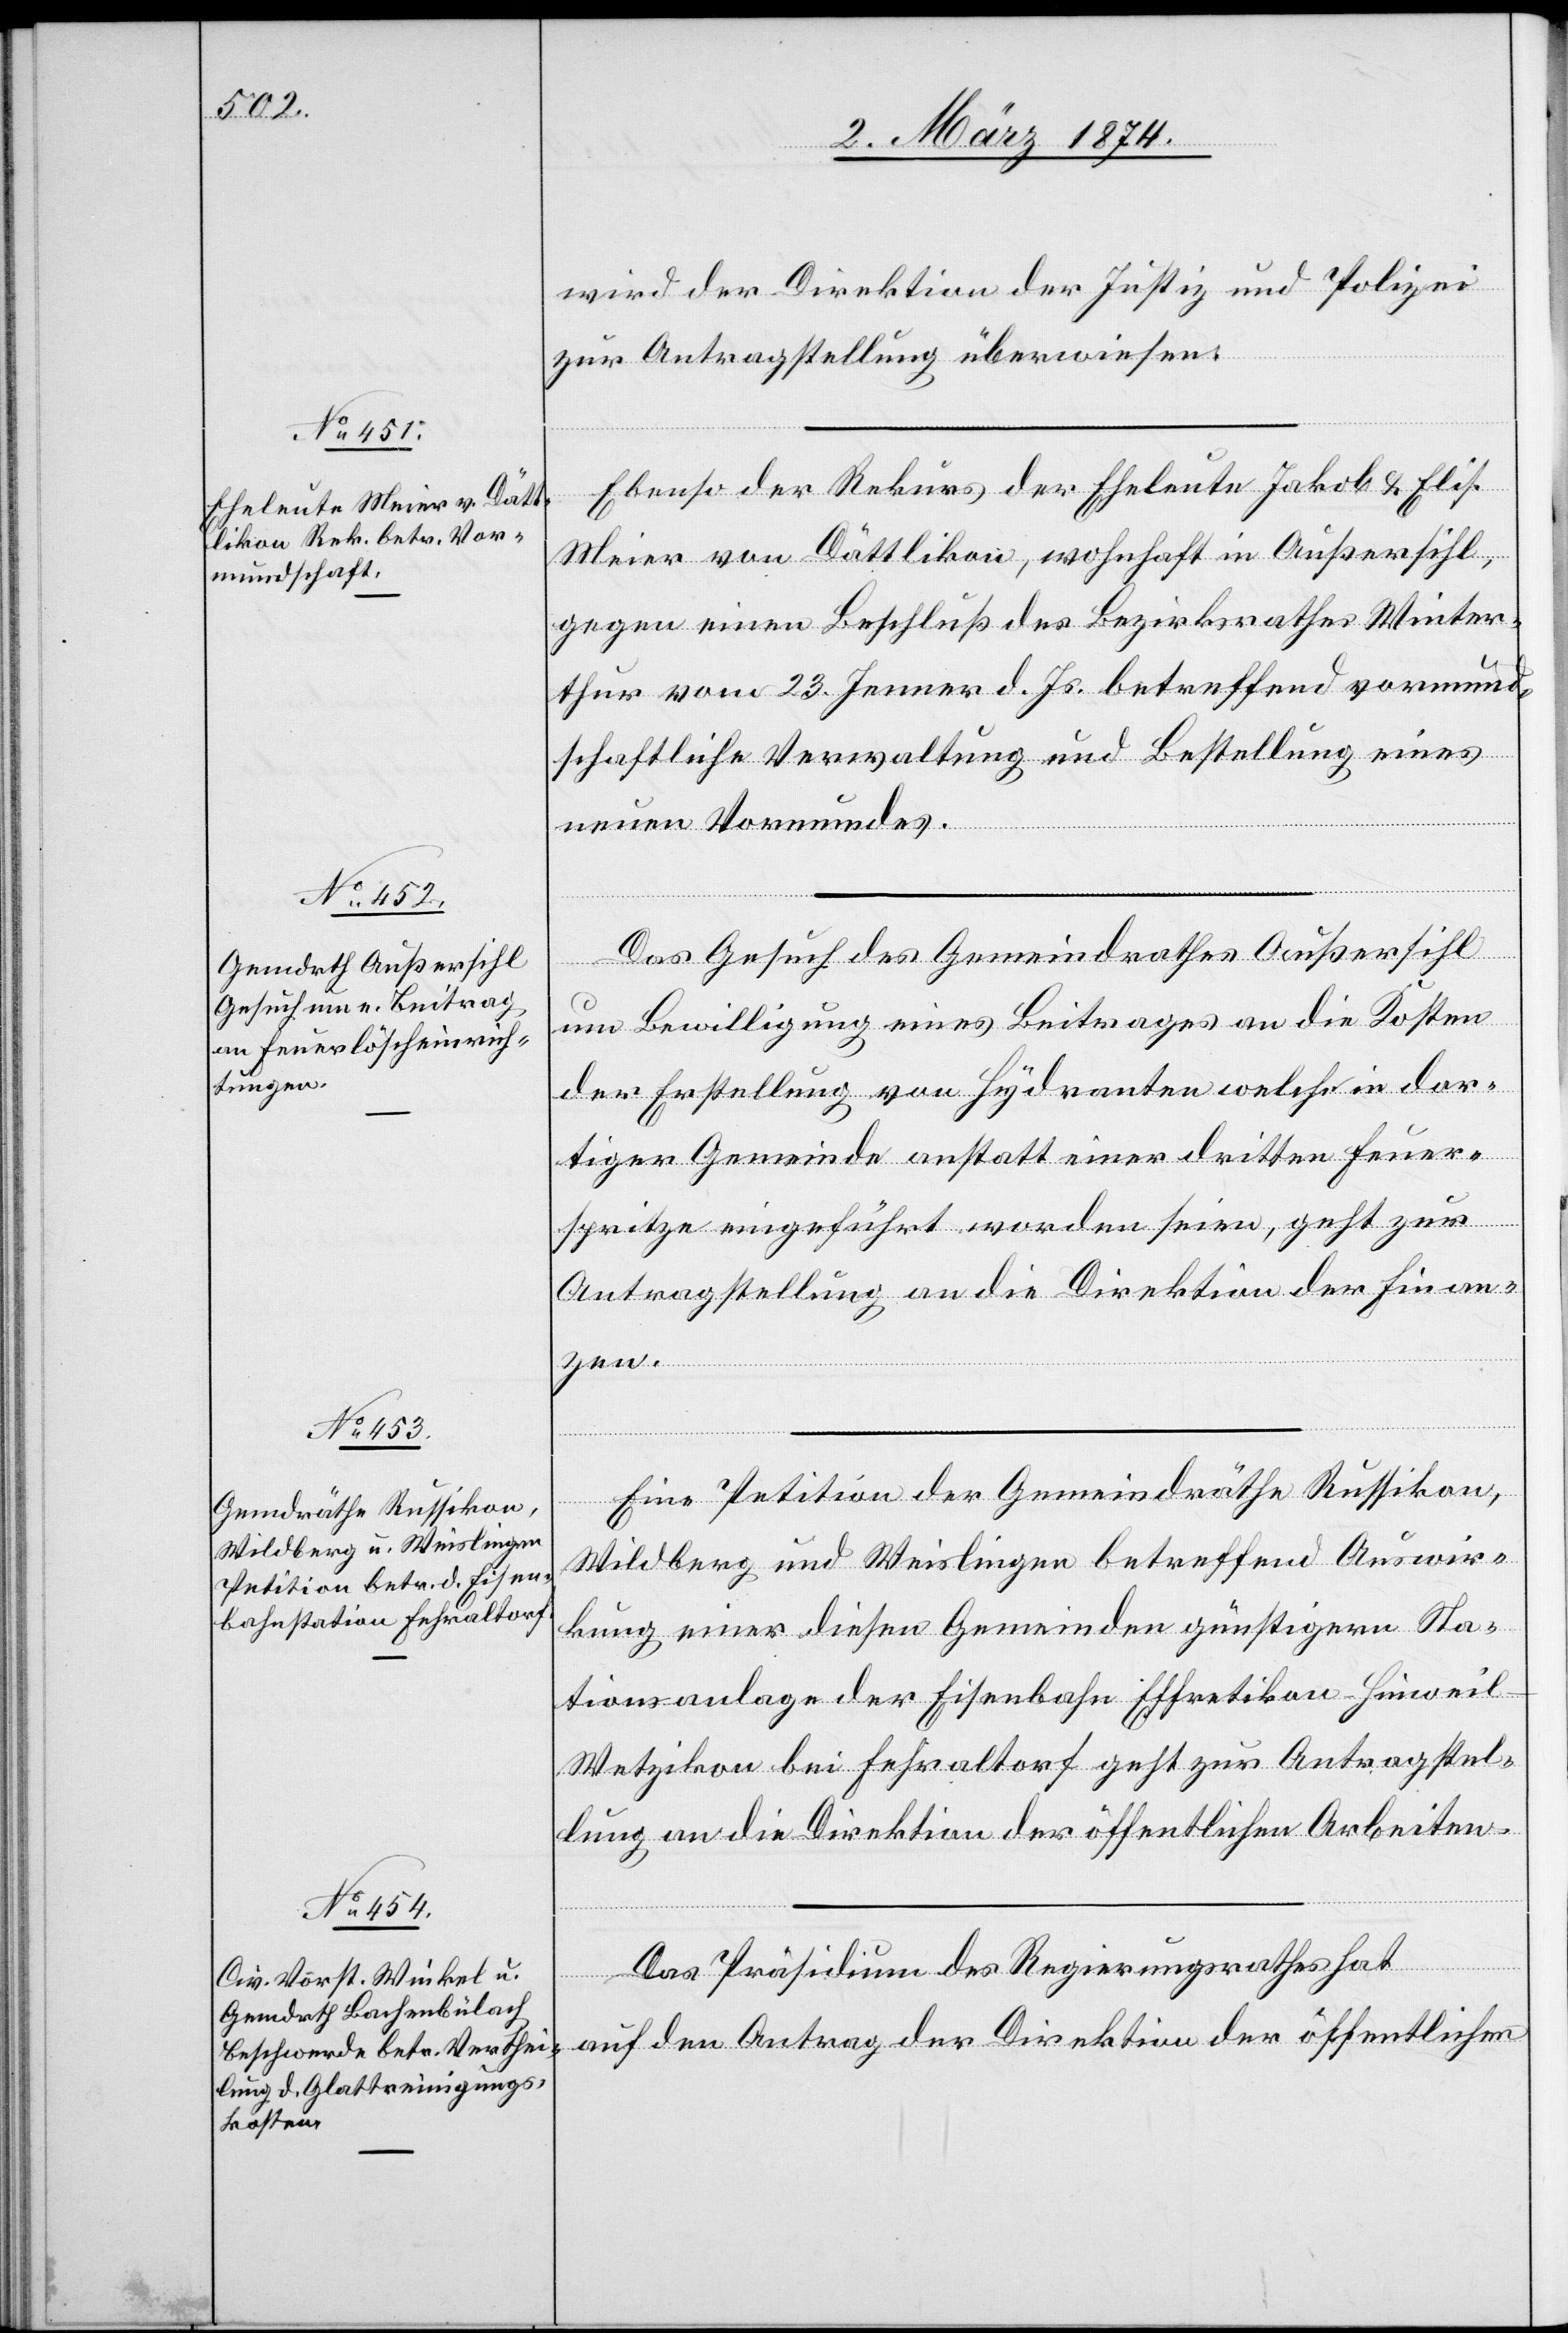
6. März 1874.]
wird der Direktion der Justiz und Polizei
zur Antragstellung überwiesen.
Ebenso der Rekurs der Eheleute Jakob u. Elis.
Meier von Dättlikon, wohnhaft in Außsihl,
gegen einen Beschluß des Bezirksrathes Winter¬
thur vom 23. Jenner d. Js. betreffend vormund¬
schaftliche Verwaltung und Bestellung eines
neuen Vormundes.
Das Gesuch des Gemeindrathes Außersihl
um Bewilligung eines Beitrages an die Kosten
der Erstellung von Hydranten welche in dor¬
tiger Gemeinde anstatt einer dritten Feuer¬
spritze eingeführt worden seien, geht zur
Antragstellung an die Direktion der Finan¬
zen.
Eine Petition der Gemeindräthe Russikon,
Wildberg und Weislingen betreffend Auswir¬
kung einer diesen Gemeinden günstigern Sta¬
tionsanlage der Eisenbahn Effretikon-Hinweil-W¬
etzikon bei Fehraltorf geht zur Antragstel¬
lung an die Direktion der öffentlichen Arbeiten.
Das Präsidium des Regierungsrathes hat
[Fortsetzung
auf den Antrag der Direktion der öffentlichen